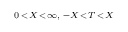
\scriptstyle 0 \, < \, X \, < \, \infty , \; - X \, < \, T \, < \, X